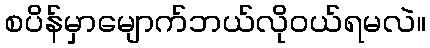
စပိန်မှာမျောက်ဘယ်လိုဝယ်ရမလဲ။